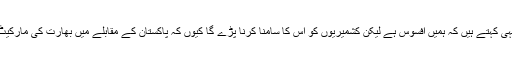
زیادہ سے زیادہ وہ کشمیریوں کے انسانی حقوق پر یہی کہتے ہیں کہ ہمیں افسوس ہے لیکن کشمیریوں کو اس کا سامنا کرنا پڑے گا کیوں کہ پاکستان کے مقابلے میں بھارت کی مارکیٹ بہت بڑی ہے اور اس کا عالمی امیج بھی بہتر ہے۔